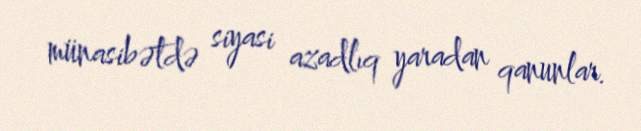
münasibətdə siyasi azadlıq yaradan qanunlar.